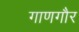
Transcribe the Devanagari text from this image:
गाणगौर